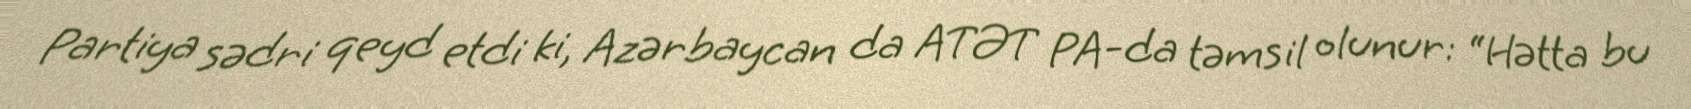
Partiya sədri qeyd etdi ki, Azərbaycan da ATƏT PA-da təmsil olunur: “Hətta bu